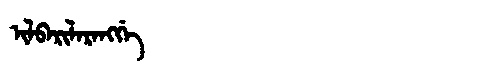
Manchu: ᡳᠯᠪᠠᡵᡳᠯᠠᡵᠠᠩᡤᡝ
Romanization: ILBARILARANGGE